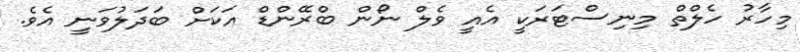
މިހާރު ހެލްތް މިނިސްޓަރަކީ އެއީ ވެލް ނޯން ބްރޭންޑް އަކަށް ބަދަލުވަނީ އެވެ.